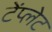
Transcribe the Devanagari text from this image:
टेंप्लेट